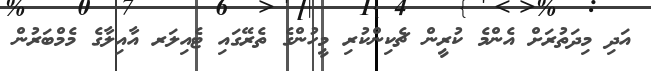
އަދި މިދަތުރަށް އެންމެ ކުރީން ޗެކިންކުރި މީހުންގެ ތެރޭގައި ޓެއިލަރ އާއިލާގެ މެމްބަރުން